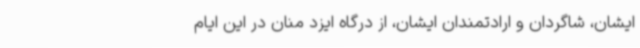
ایشان، شاگردان و ارادتمندان ایشان، از درگاه ایزد منان در این ایام